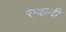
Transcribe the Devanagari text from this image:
रुकनी